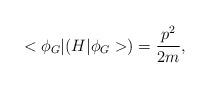
LaTeX: \begin{align*} <\phi_G|(H|\phi_G>)=\frac {p^2} {2m},\end{align*}